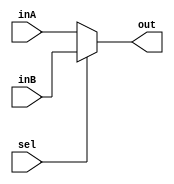
`timescale 1ns / 1ps

////////////////////////////////////////////////////////////////////////////////
// ECE369 - Computer Architecture
// 
// Module - Mux32Bit2To1.v
// Description - Performs signal multiplexing between 2 32-Bit words.
////////////////////////////////////////////////////////////////////////////////

module Mux32Bit2To1(out, inA, inB, sel);

    output reg [31:0] out;
    
    input [31:0] inA;
    input [31:0] inB;
    input sel;

    always@(inA, inB, sel) begin
        if(sel == 0)
            out <= inA;
        else
            out <= inB;
    end 

endmodule